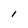
Character: I